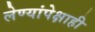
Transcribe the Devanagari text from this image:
लेण्यांपेक्षाही